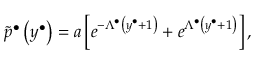
\widetilde { p } ^ { \bullet } \left( y ^ { \bullet } \right) = a \left[ e ^ { - \Lambda ^ { \bullet } \left( y ^ { \bullet } + 1 \right) } + e ^ { \Lambda ^ { \bullet } \left( y ^ { \bullet } + 1 \right) } \right] ,